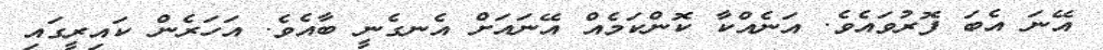
އޭނަ އެބަ ފޮރުވައެވެ. އަނެއްކާ ކޮންކަމެއް އޭނައަށް އެނގެނީ ބާއެވެ. އަހަރެން ކައިރީގައި